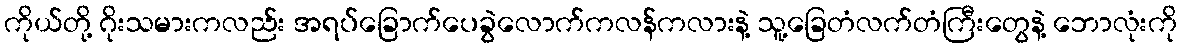
ကိုယ်တို့ ဂိုးသမားကလည်း အရပ်ခြောက်ပေခွဲလောက်ကလန်ကလားနဲ့ သူ့ခြေတံလက်တံကြီးတွေနဲ့ ဘောလုံးကို